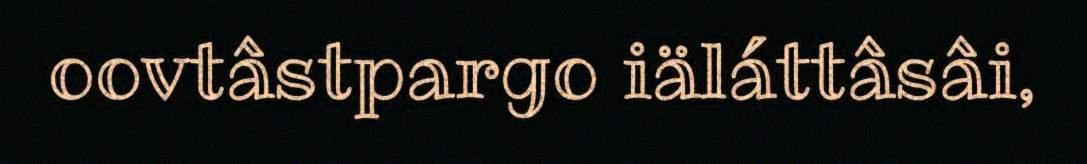
oovtâstpargo iäláttâsâi,